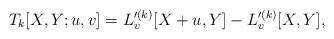
LaTeX: \begin{align*}T_k[X, Y; u, v] = L'^{(k)}_v[X+u, Y] - L'^{(k)}_v[X, Y],\end{align*}